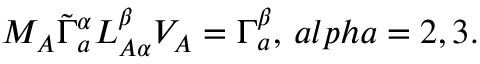
M _ { A } \tilde { \Gamma } _ { a } ^ { \alpha } L _ { A \alpha } ^ { \beta } V _ { A } = \Gamma _ { a } ^ { \beta } , \, a l p h a = 2 , 3 .